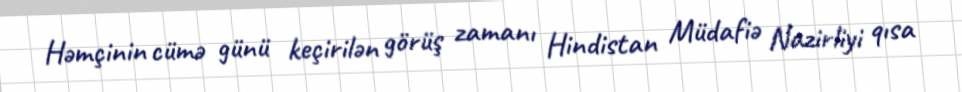
Həmçinin cümə günü keçirilən görüş zamanı Hindistan Müdafiə Nazirliyi qısa